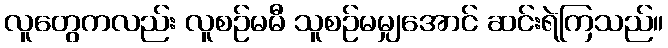
လူတွေကလည်း လူစဉ်မမီ သူစဉ်မမျှအောင် ဆင်းရဲကြသည်။